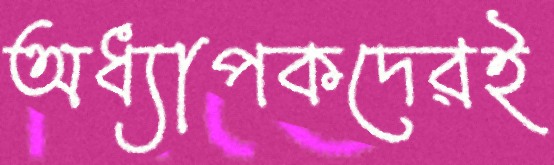
অধ্যাপকদেরই